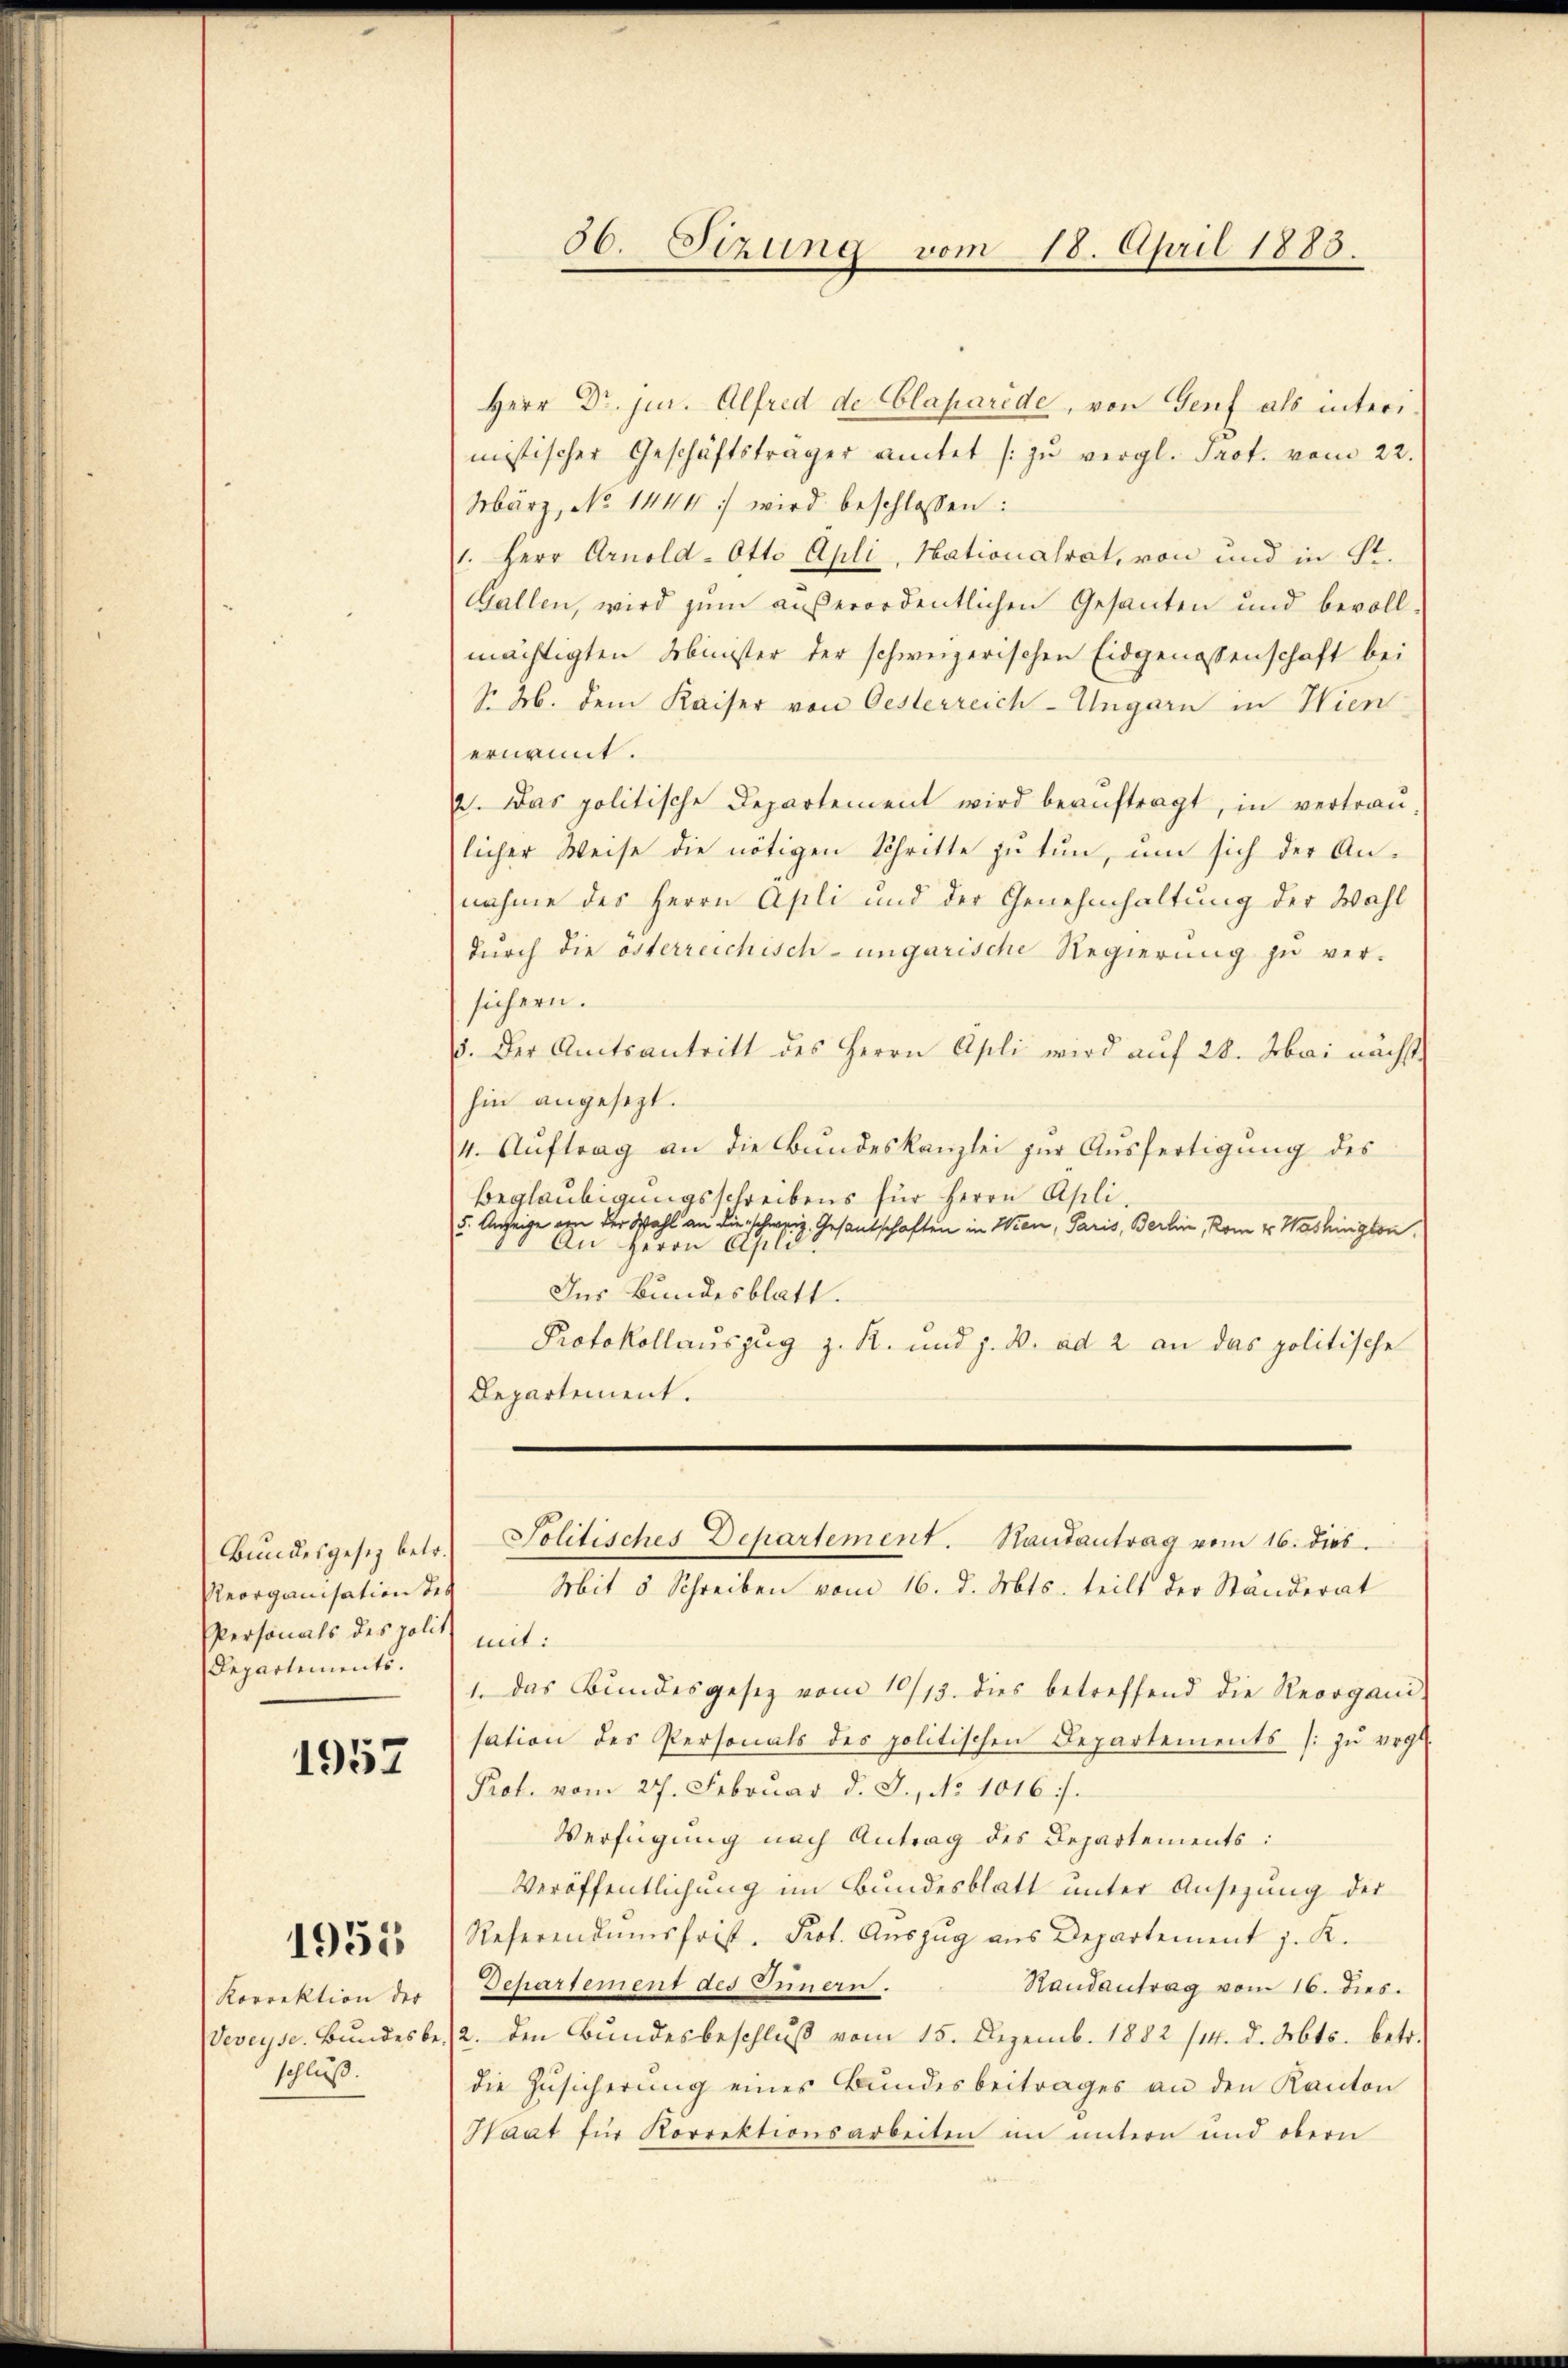
Peorganisation des
Personals des politz mit:
Departements.

1957

Korrektion der
Veveyse. Bundes be
schluß.

1955

Herr Dr. jur. Alfred de Claparide, von Genf als interimistischer Geschäftsträger amtet zŭ vergl. Pact. vom 22.
März, No 1444 :/ wird beschlossen:
1. Herr Arnold-Otto Apli, Nationalrat, von und in St.
Gallen, wird zum außerordentlichen Gesanten und bevoll-
mächtigten Minister der schweizerischen Eidgenossenschaft bei
No. 26. dem Kaiser von Oesterreich-Ungarn in Hien
ernannt.
2. Das politische Departement wird beaŭftragt, in vertrau-
licher Weise die nötigen Schritte zu tun, um sich der Annahme des Herrn Apli und der Genehmhaltung der Wahl
durch die österreichisch-ungarische Regierung zu ver-
sichern.
. Der Amtsantritt des Herrn Apli wird aŭf 28. Mai nächst
hin angesezt.
4. Aŭftrag an die Bundeskanzlei zŭr Aŭsfertigung des
beglaubigungsschreibens für Herrn Apli,
5. Anzeige von der Wahl an die schweiz. Gesantschaften in Wien, Paris, Berlin, Rom v. Washington,
An Herrn Apli
Ins Bundesblatt.
Protokollauszug z. R. und z. B. ad 2 an das politische
Departement.

1. das Bundesgesez vom 10/13. dies betreffend die Reorgani-
sation des Personals des politischen Departements /: zŭ vergl.
Prot. vom 27. Februar d. J., No 1016.
Verfügung nach Antrag des Departements:
Veröffentlichung im Bundesblatt unter Ansezung der
Referendumsfrist. Prot. Aŭszŭg ans Departement J. K.
Departement des Innern.
Randantrag vom 16. dies.
12. den Bundesbeschluß vom 15. Dezemb. 1882 /14. d. Mts. betr.
die Zŭsicherŭng eines Bundesbeitrages an den Kanton
Haat für Korrektionsarbeiten im untern und obern

66. Sizung vom 18. April 1883.

Bŭndesgesetz betr. Politisches Departement. Hautantrag vom 16. dies.
Mit 5 Schreiben vom 16. d. Mts. teilt der Ständerat